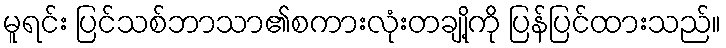
မူရင်း ပြင်သစ်ဘာသာ၏စကားလုံးတချို့ကို ပြန်ပြင်ထားသည်။